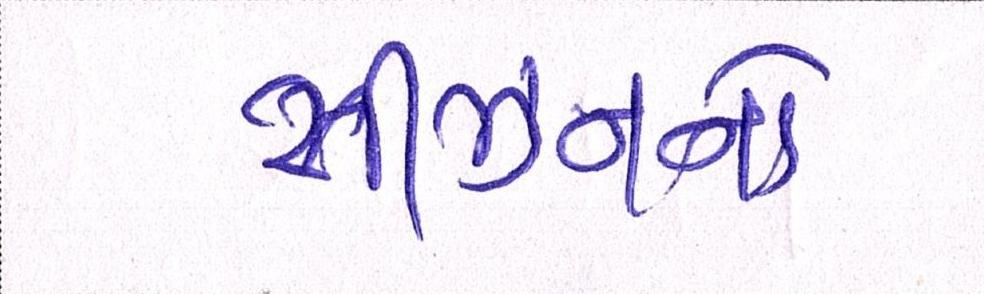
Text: સીઝનનો